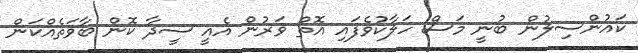
ކައުންސިލުން ބުނީ މަސް ހަލާކުވެފައި އޮތް ވަރުން އެއީ ސީދާ ކޮން ބާވަތެއްކަން